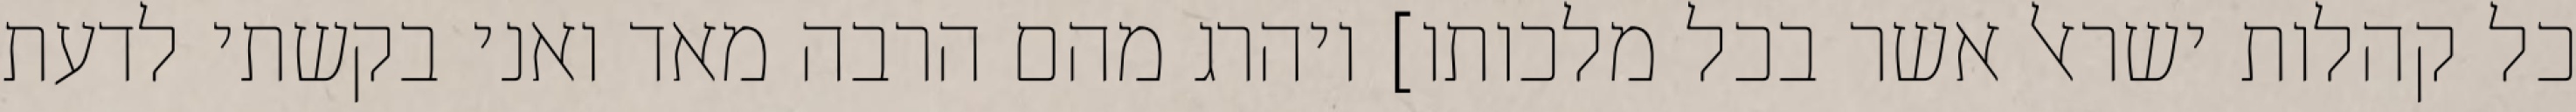
כל קהלות ישראל אשר בכל מלכותו] ויהרג מהם הרבה מאד ואני בקשתי לדעת